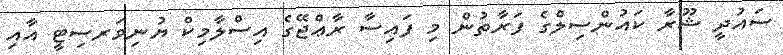
ސައުދީ ޝޫރާ ކައުންސިލްގެ ފަރާތުން މި ފައިސާ ރާޢްޖޭގެ އިސްލާމިކް ޔުނިވަރސިޓީ އާއި